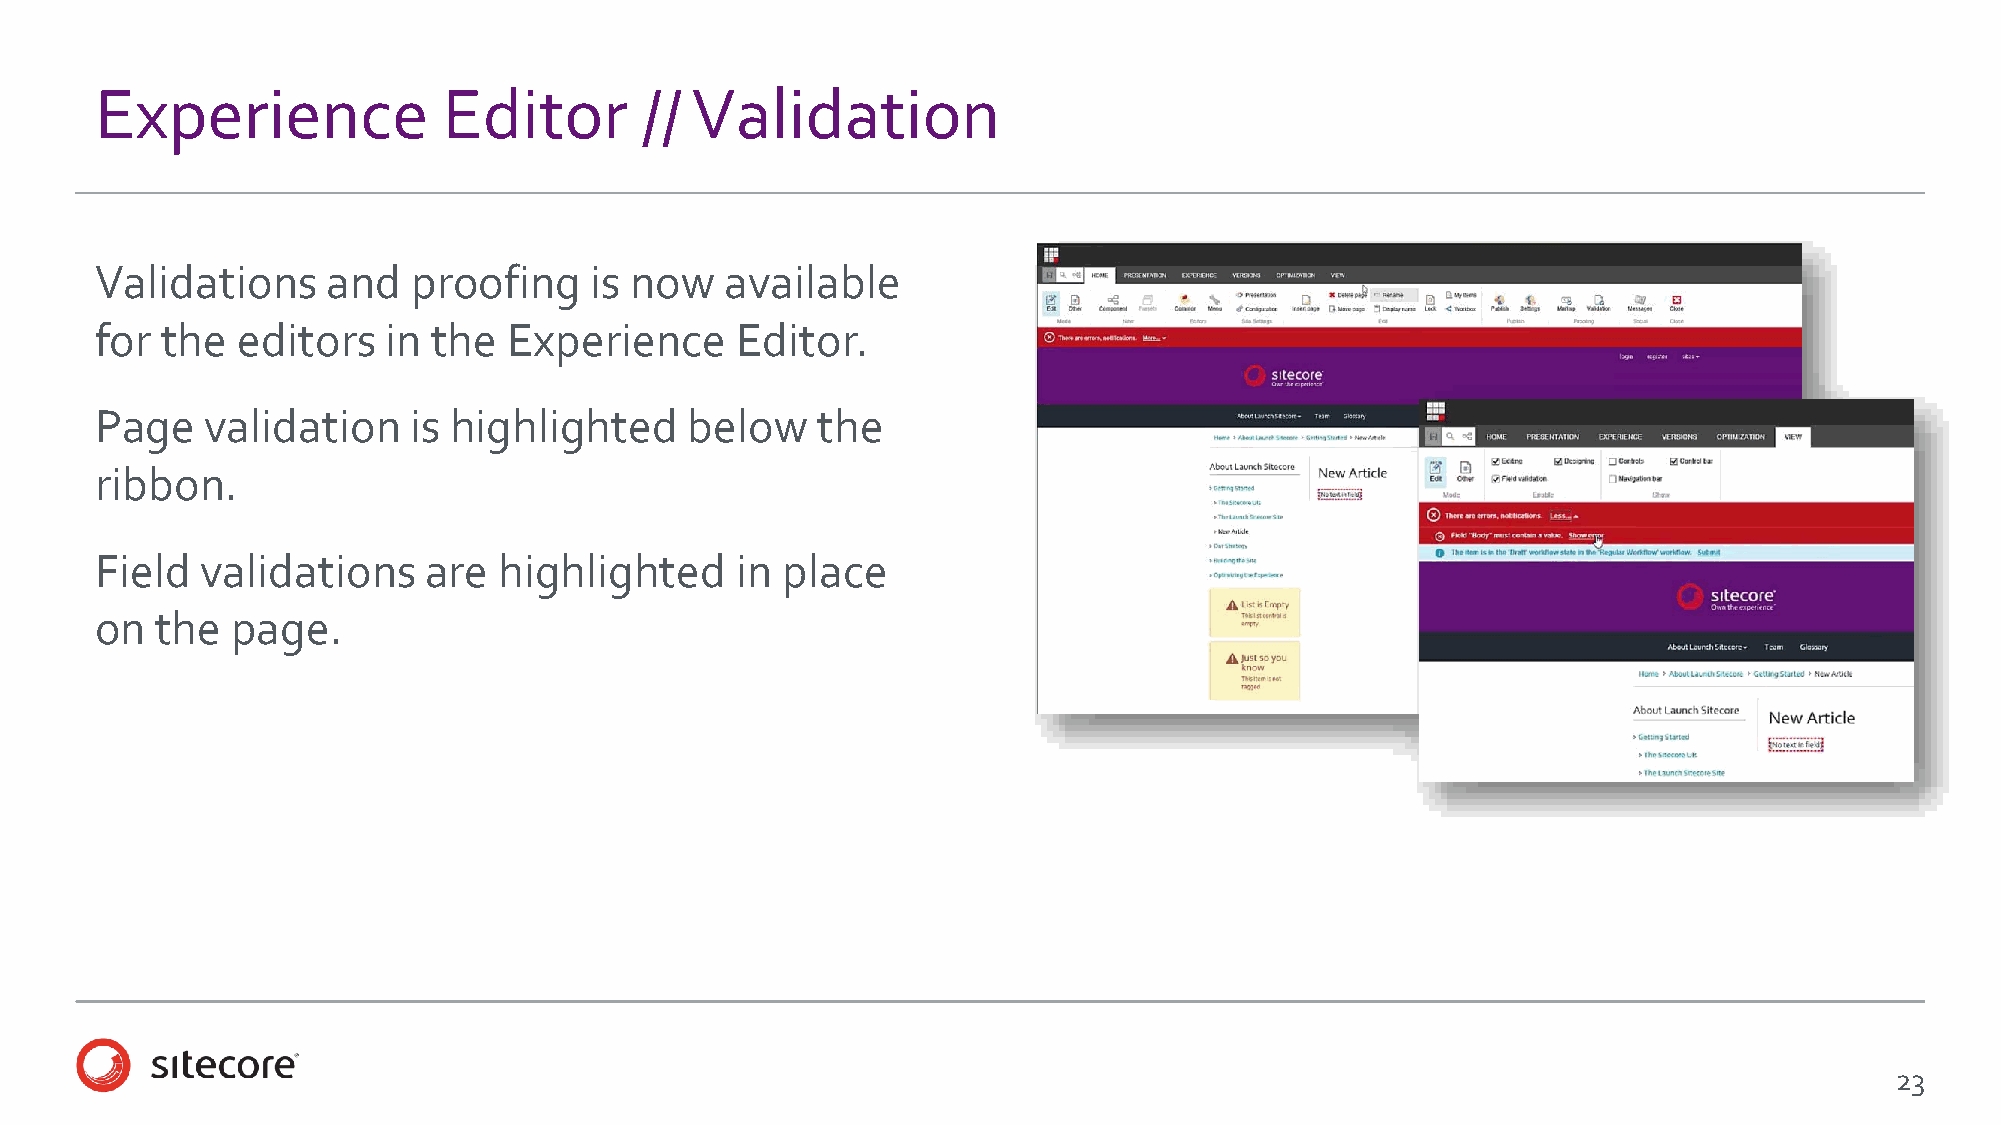
Experience             Editor       //  Validation
 Validations     and  proofing    is now   available
 for  the  editors   in the  Experience     Editor.
 Page    validation   is highlighted     below   the
 ribbon.
 Field  validations    are  highlighted     in place
 on  the  page.
 23